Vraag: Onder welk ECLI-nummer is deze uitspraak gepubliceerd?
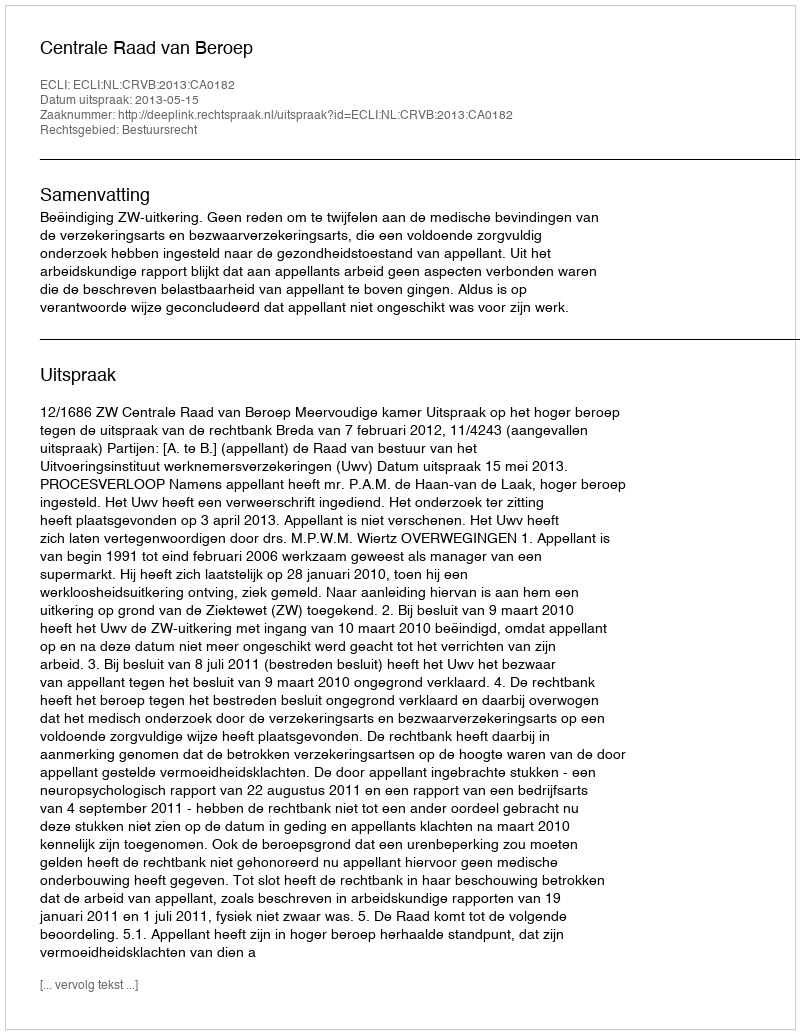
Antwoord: ECLI:NL:CRVB:2013:CA0182